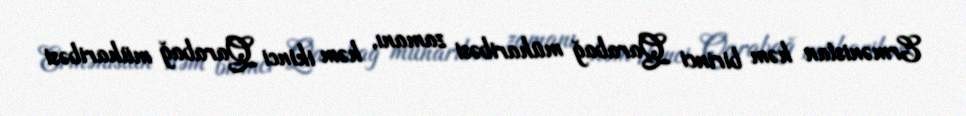
Ermənistan həm birinci Qarabağ müharibəsi zamanı, həm ikinci Qarabağ müharibəsi